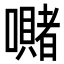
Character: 𭌙